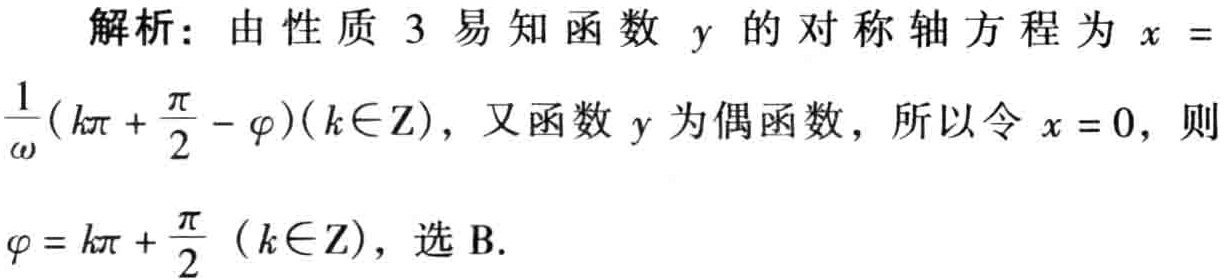
解析：由性质 3 易知函数 \(y\) 的对称轴方程为 \(x = \frac{1}{\omega}(k\pi+\frac{\pi}{2}-\varphi)(k\in\mathbb{Z})\)，又函数 \(y\) 为偶函数，所以令 \(x = 0\)，则 \(\varphi = k\pi+\frac{\pi}{2}\ (k\in\mathbb{Z})\)，选 B.